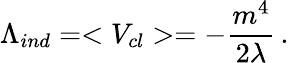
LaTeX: \Lambda_{ind}=<V_{cl}>=-\frac{m^{4}}{2\lambda}\, .